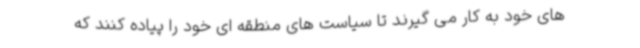
های خود به کار می گیرند تا سیاست های منطقه ای خود را پیاده کنند که